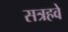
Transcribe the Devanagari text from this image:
सत्रहवे